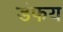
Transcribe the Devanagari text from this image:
डंफय